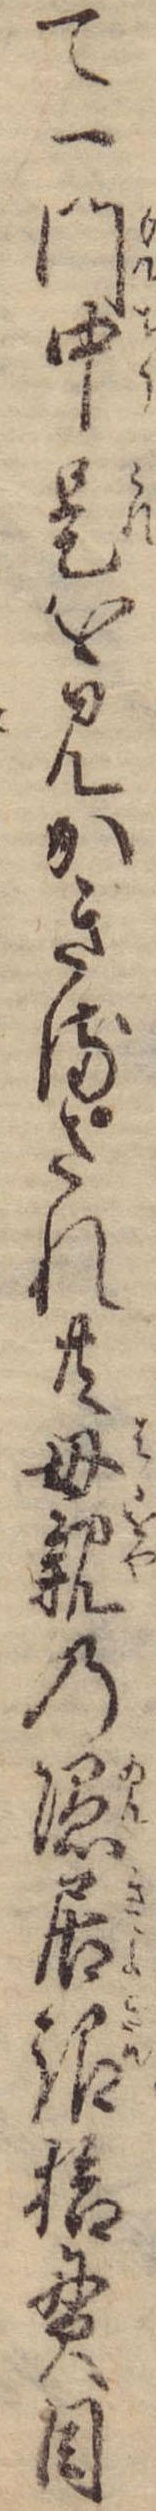
て一門中是を見かぎるされ共母親の隠居銀拾貫目